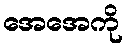
အေအေကို